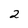
Character: 2